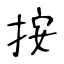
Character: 按